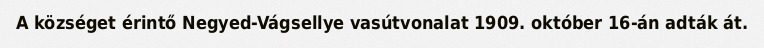
A községet érintő Negyed-Vágsellye vasútvonalat 1909. október 16-án adták át.